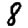
Digit: 8